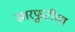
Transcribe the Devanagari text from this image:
खारफुटीचा